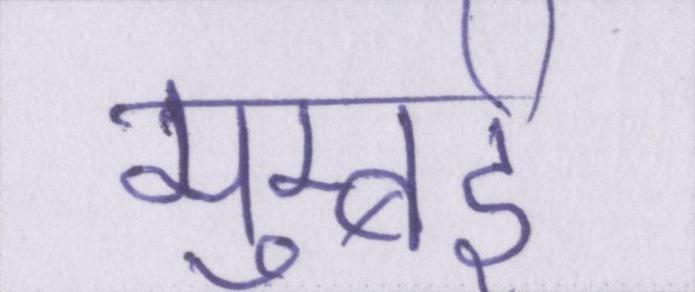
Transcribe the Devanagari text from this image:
मुम्बई